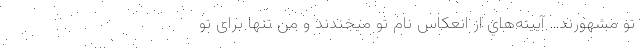
تو مشهورند… آیینه‌هاي‌ از انعکاس نام تو میخندند و من تنها برای تو